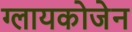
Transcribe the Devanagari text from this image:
ग्लायकोजेन